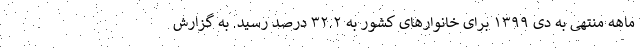
ماهه منتهی به دی ۱۳۹۹ برای خانوار‌های کشور به ۳۲.۲ درصد رسید. به گزارش